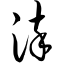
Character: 染